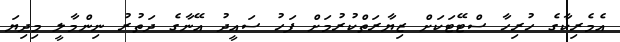
އެމެރިކާގެ ހުރިހާ ސްޓޭޓަކަށް ޒިޔާރަތްކުރުމަށް ފަހު ސައީދު އޭނާގެ ދަތުރު ނިންމާލީ މިދިޔަ